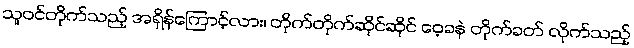
သူဝင်တိုက်သည့် အရှိန်ကြောင့်လား၊ တိုက်တိုက်ဆိုင်ဆိုင် ဝေ့ခနဲ တိုက်ခတ် လိုက်သည့်